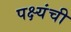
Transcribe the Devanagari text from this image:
पक्ष्यंची